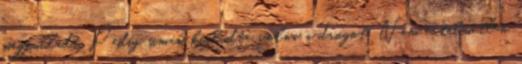
megfulladt. Pedig simán kialudta volna a drogot. Nem értelmetlen